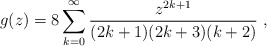
\begin{align*}g(z)=8\sum_{k=0}^{\infty}\frac{z^{2k+1}}{(2k+1)(2k+3)(k+2)}\ , \end{align*}